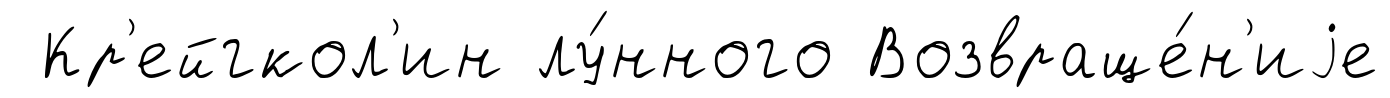
Кр'ейгкол'ин лу́нного Возвраще́н'иjе